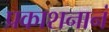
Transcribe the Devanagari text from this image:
प्रकाशनानं